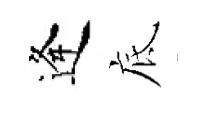
逢底